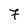
Character: 7